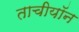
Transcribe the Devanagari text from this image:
ताचीयॉन